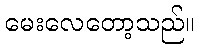
မေးလေတော့သည်။